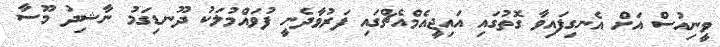
ވީނިއުސް އަށް އެނގިފައިވާ ގޮތުގައި އައިޖީއެމްއެޗްގައި ފަރުވާދެނީ ފުވައްމުލަކު ދޫނޑިގަމު ނާޝިދު މޫސާ